Scottish Leaving Certificate Examination, 1953
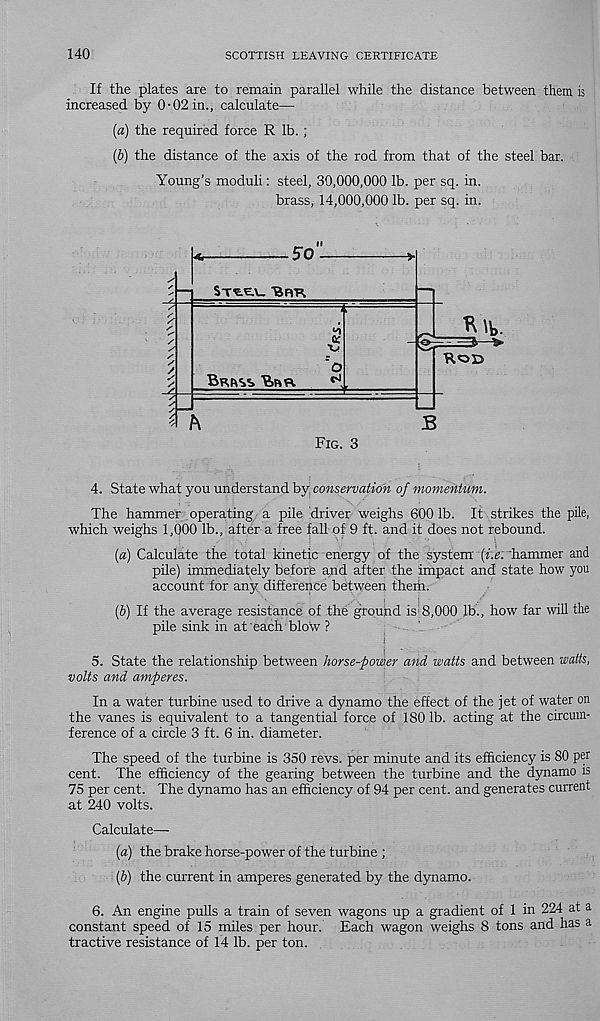
140
SCOTTISH LEAVING CERTIFICATE
If the plates are to remain parallel while the distance between them is
increased by 0-02 in., calculate—
(а) the required force R lb. ;
(б) the distance of the axis of the rod from that of the steel bar.
Young’s moduli: steel, 30,000,000 lb. per sq. in.
brass, 14,000,000 lb. per sq. in.
4. State what you understand by conservation of momentum.
The hammer operating a pile driver weighs 600 lb. It strikes the pile,
which weighs 1,000 lb., after a free fall of 9 ft. and it does not rebound.
[a) Calculate the total kinetic energy of the system (f'.e; hammer and
pile) immediately before and after the impact and state how you
account for any difference between them.
(b) If the average resistance of the ground is ; 8,000 lb., how far will the
pile sink in at each blow ?
5. State the relationship between horse-power and watts and between watts,
volts and amperes.
In a water turbine used to drive a dynamo the effect of the jet of water on
the vanes is equivalent to a tangential force of 180 lb. acting at the circum-
ference of a circle 3 ft. 6 in. diameter.
The speed of the turbine is 350 revs, per minute and its efficiency is 80 per
cent. The efficiency of the gearing between the turbine and the dynamo is
75 per cent. The dynamo has an efficiency of 94 per cent, and generates current
at 240 volts.
Calculate—
[a) the brake horse-power of the turbine ;
(5) the current in amperes generated by the dynamo.
6. An engine pulls a train of seven wagons up a gradient of 1 in 224 at a
constant speed of 15 miles per hour. Each wagon weighs 8 tons and has a
tractive resistance of 14 lb. per ton.